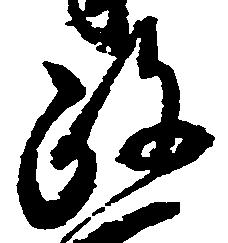
政